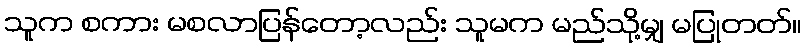
သူက စကား မစလာပြန်တော့လည်း သူမက မည်သို့မျှ မပြုတတ်။